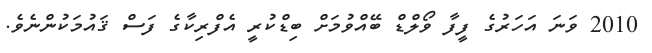
2010 ވަނަ އަހަރުގެ ފީފާ ވޯލްޑް ބޭއްވުމަށް ބިޑްކުރީ އެފްރިކާގެ ފަސް ޤައުމަކުންނެވެ.